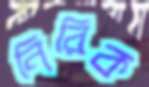
নিরিক